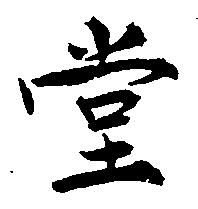
堂